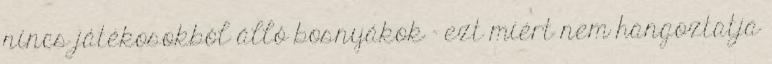
nincs játékosokból álló bosnyákok - ezt miért nem hangoztatja